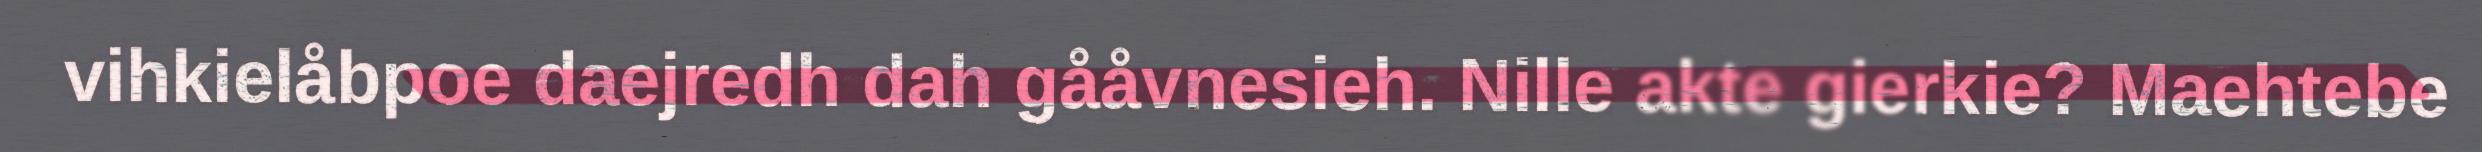
vihkielåbpoe daejredh dah gååvnesieh. Nille akte gierkie? Maehtebe